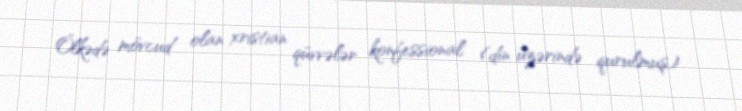
Ölkədə mövcud olan xristian qüvvələr konfessional (din üzərində qurulmuş)